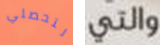
لتحصلي والتي